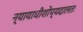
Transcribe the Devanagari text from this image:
न्यायाधीशोप्यदालतः